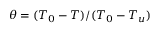
\theta = ( T _ { 0 } - T ) / ( T _ { 0 } - T _ { u } )